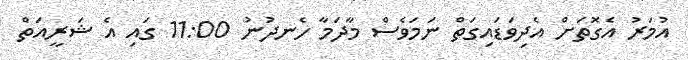
އުމަރު އެގޮތަށް އެދިވަޑައިގަތް ނަމަވެސް މާދަމާ ހެނދުނު 11:00 ގައި އެ ޝަރީއަތް